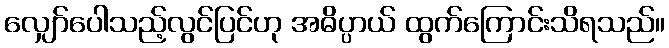
လျှော်ပေါသည့်လွင်ပြင်ဟု အဓိပ္ပာယ် ထွက်ကြောင်းသိရသည်။